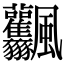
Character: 𩙤